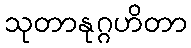
သုတာနုဂ္ဂဟိတာ